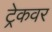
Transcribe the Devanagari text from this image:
ट्रेकवर